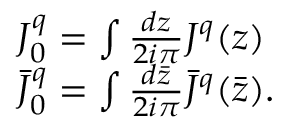
\begin{array} { l c r } { { J _ { 0 } ^ { q } = \int { \frac { d z } { 2 i \pi } } J ^ { q } ( z ) } } \\ { { \bar { J } _ { 0 } ^ { q } = \int { \frac { d { \bar { z } } } { 2 i \pi } } { \bar { J } } ^ { q } ( \bar { z } ) . } } \end{array}